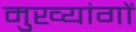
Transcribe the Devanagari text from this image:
मुख्यांगों